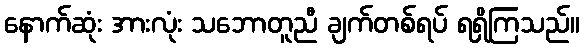
နောက်ဆုံး အားလုံး သဘောတူညီ ချက်တစ်ရပ် ရရှိကြသည်။